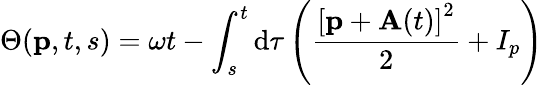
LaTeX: \Theta(\textbf{p},t,s)=\omega t-\int_{s}^{t}\mathrm{d}\tau\left(\frac{\left[\textbf{p}+\textbf{A}(t)\right]^{2}}{2}+I_{p}\right)